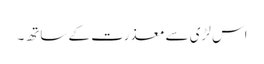
اس لڑی سے معذرت کے ساتھ۔